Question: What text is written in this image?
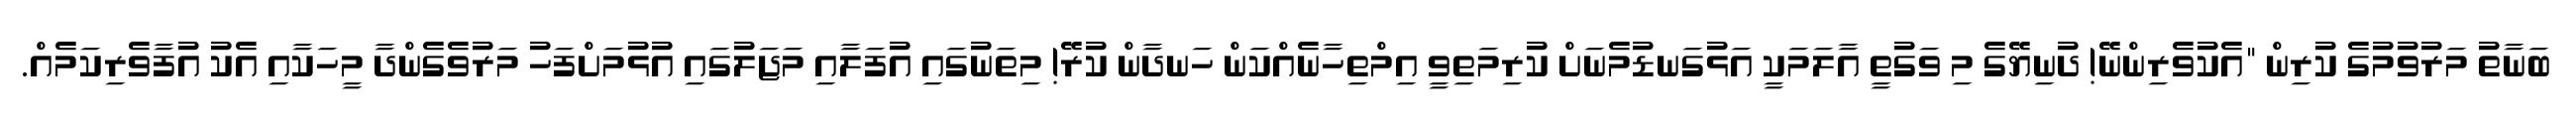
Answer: ބަނާތު މަރުވުމުގެ ކުރިން "އެކުވެރިންނޭ! ދުނިޔޭގެ މި ވަގުތީ އާލަމަކީ އަޅުގަނޑުމެނަށް ކުރިމަތިވީ އިމްތިހާނެއްކަން ހަނދާން ކުރޭ! މިތަނުގައި އުފަލާއި މަޖަލުގައި އުޅުމަށްފަހު މަރުވެގެންދާ މީހަކާއި އެކު އުފާވެރިކަމެއް.